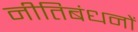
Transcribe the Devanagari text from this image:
नीतिबंधनों